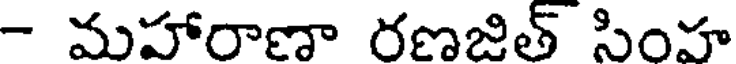
- మహారాణా రణజిత్ సింహ